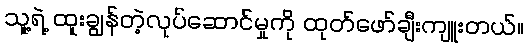
သူ့ရဲ့ ထူးချွန်တဲ့လုပ်ဆောင်မှုကို ထုတ်ဖော်ချီးကျူးတယ်။